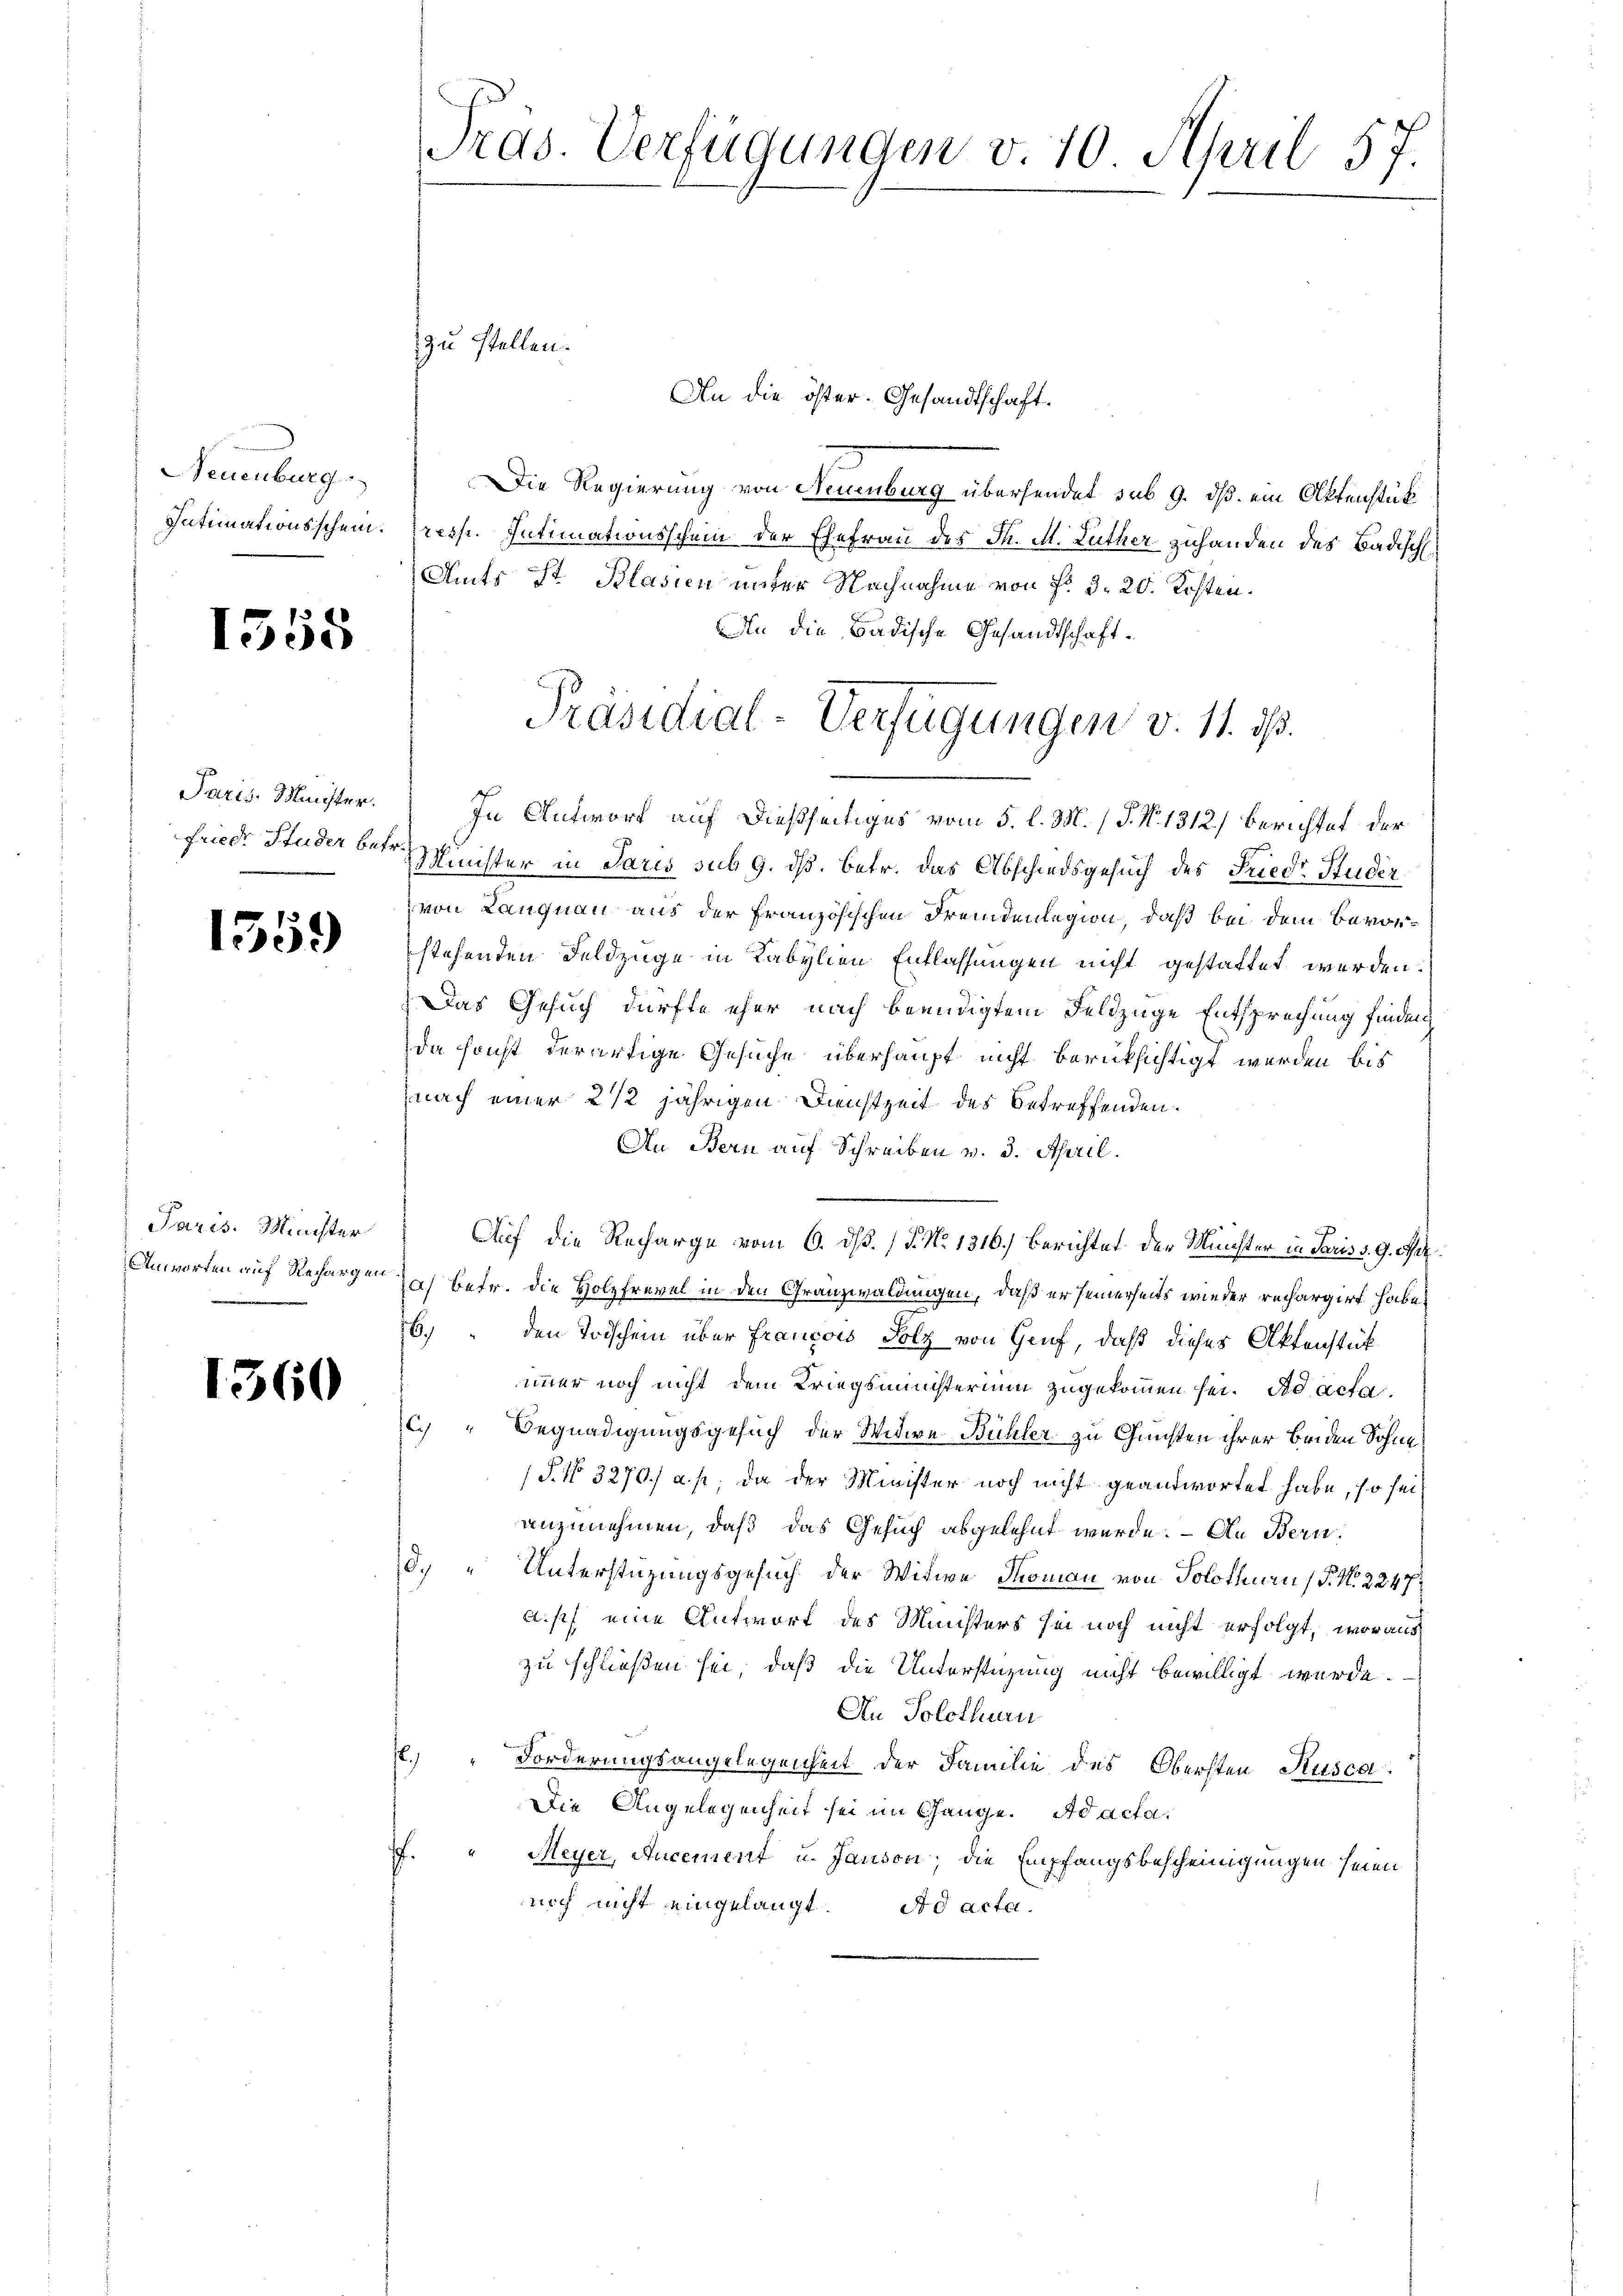
Neuenburg.

1558

1359

Paris. Minister

1360

zu stellen.
An die öster. Gesandtschaft.
Die Regierung von Neuenburg übersendet sub 9. dß. ein Aktenstück
Intimationsschein. (resp. Intimationsschein der Ehefrau des M. M. Luther zuhanden des Badisch
Amts Str. Blasien unter Nachnahme von Fr. 3. 20. Kosten.
An die Badische Gesandtschaft¬
Paris Minister. In Antwort auf dießseitiges vom 5. l. M. (S. Nr. 1312) Berichtet der
Friede Studer betr. Minister in Paris sub 9. ds. betr. das Abschiedsgesuch des Friedr Studir
von Langnau aus der Französischen Fremdenlegion, daß bei dem Bevorstehenden Feldzüge in Kabylien Entlassungen nicht gestattet werden.
Das Gesuch dürfte eher nach beendigtem Feldzige Entsprechung finden
da sonst derartige Gesuche überhaupt nicht berücksichtigt werden bis
(nach einer 2 1/2 jährigen Dienstzeit des betreffenden.
An Bern auf Schreiben v. 3. April.
Auf die Recharge vom 6. ds. (T. No. 1316.) Berichtet der Minister in Paris v. 9. Oct.
Anwarten auf Rechargen das betr. die Holzfrevel in den Granzwaldungen, daß er seinerseits wieder rechargirt habe,
6.) " den Todschein über Francois Folz von Genf, daß dieses Aktenstük
immer noch nicht dem Kriegsministerium zugekommen sei. Ad acta
C. " Begnadigungsgesuch der Widie Bühler zu Gunsten ihrer beiden Sohne
(§. No. 3270.) a. p. da der Minister noch nicht geantwortet habe, so seianzunehmen, daß das Gesuch abgelehnt wurde. – An Bern.
d." Unterstüzungsgesuch der Witwe Thoman von Solothurn (§. No. 2247
apf eine Antwort des Ministers sei noch nicht erfolgt, woraus
zu schließen sei, daß die Unterstüzung nicht bewilligt wurde.
An Solothurn
s
Forderungsangelegenheit der Familie des Obersten Rusca
Die Angelegenheit sei im Gange. Ad acta.
Meyer, Aucement u. Jansoni; die Empfangsbescheinigungen seien
.
noch nicht eingelangt. ad acta.

Pras. Verfügungen v. 10. April 57.

Präsidial-Verfügungen v. 11. ds.